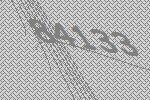
84133